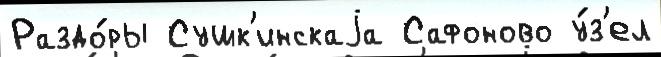
Раздо́ры Сушк'инскаjа Сафоново у́з'ел